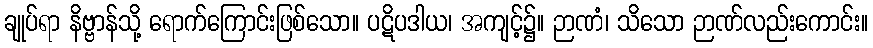
ချုပ်ရာ နိဗ္ဗာန်သို့ ရောက်ကြောင်းဖြစ်သော။ ပဋိပဒါယ၊ အကျင့်၌။ ဉာဏံ၊ သိသော ဉာဏ်လည်းကောင်း။